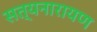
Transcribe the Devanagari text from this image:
सत्‍यनारायण